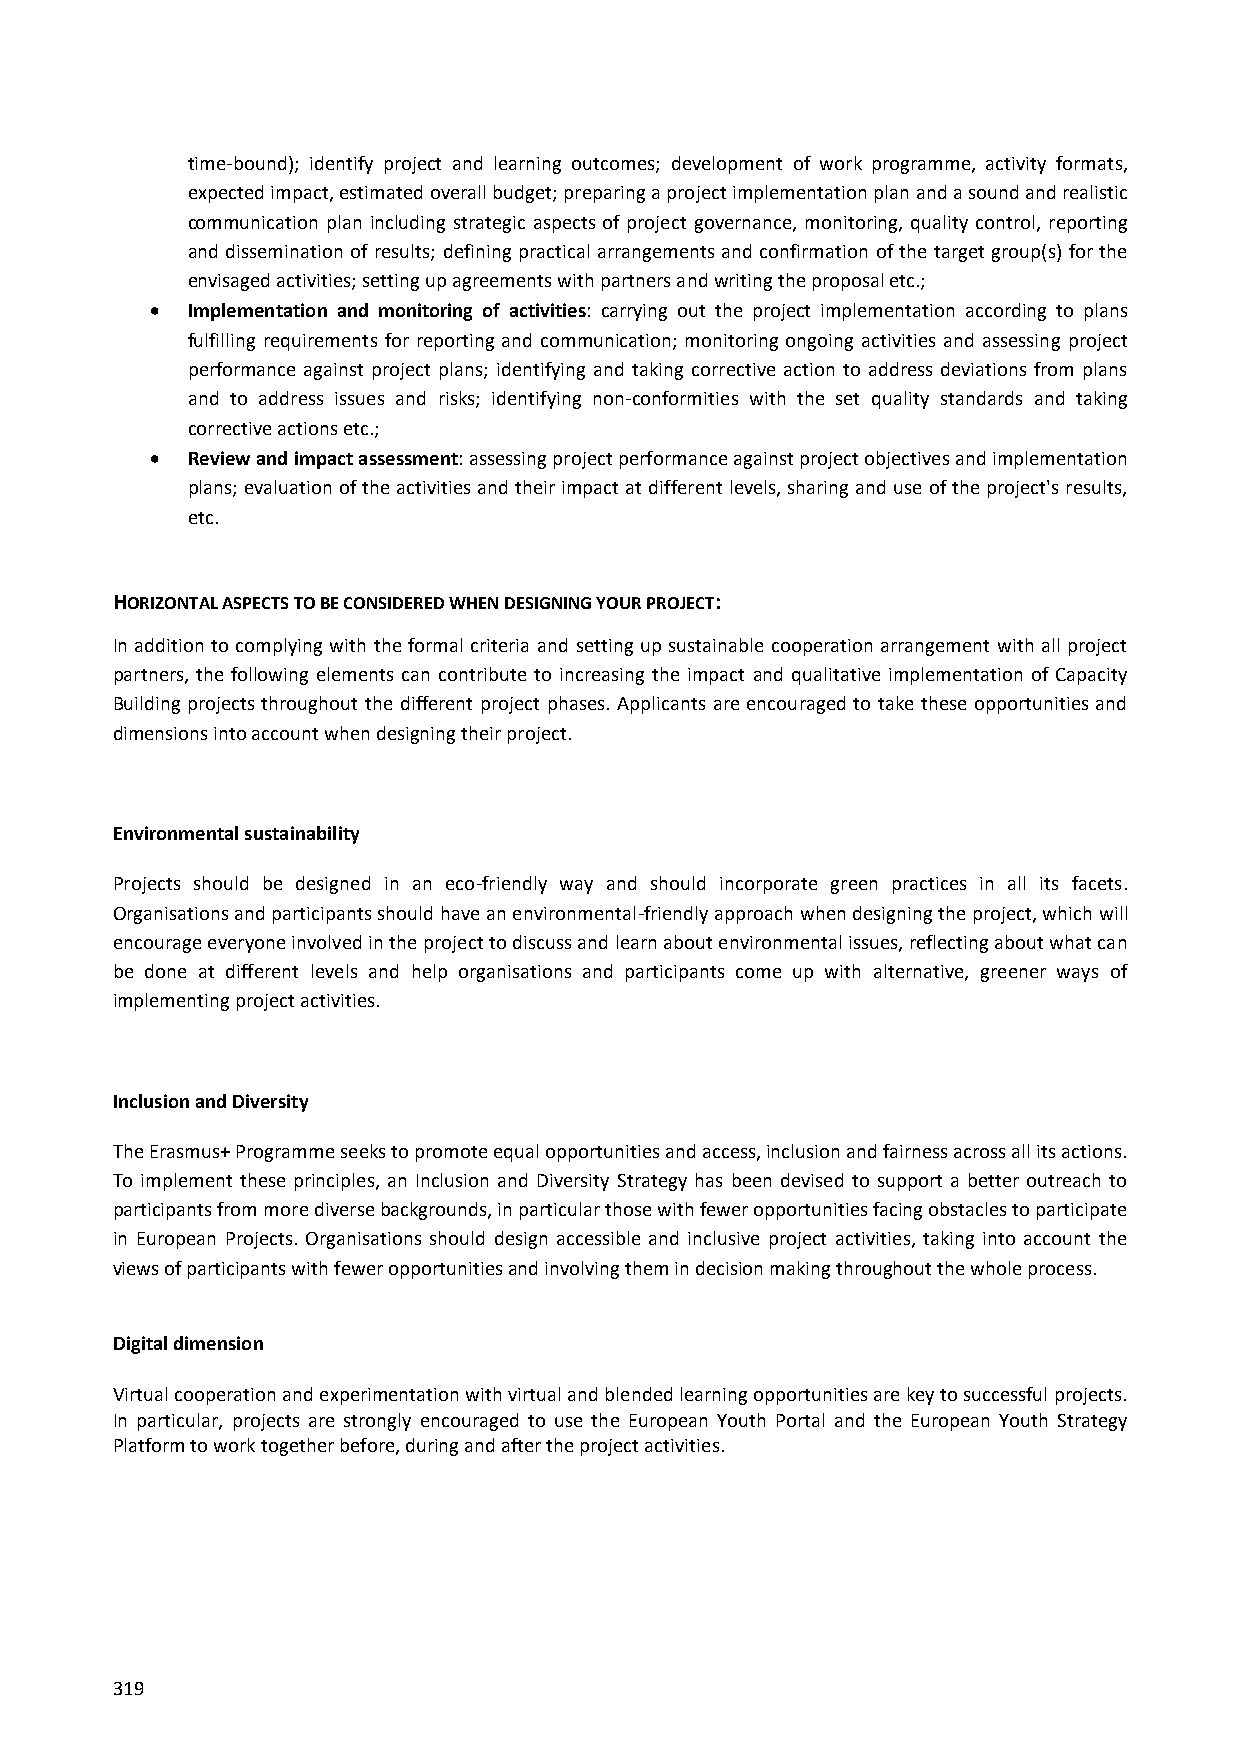
time-bound); identify project and learning outcomes; development of work programme, activity formats,
 expected impact, estimated overall budget; preparing a project implementation plan and a sound and realistic
 communication plan including strategic aspects of project governance, monitoring, quality control, reporting
 and dissemination of results; defining practical arrangements and confirmation of the target group(s) for the
 envisaged activities; setting up agreements with partners and writing the proposal etc.;
  Implementation and monitoring of activities: carrying out the project implementation according to plans
 fulfilling requirements for reporting and communication; monitoring ongoing activities and assessing project
 performance against project plans; identifying and taking corrective action to address deviations from plans
 and to address issues and risks; identifying non-conformities with the set quality standards and taking
 corrective actions etc.;
  Review and impact assessment: assessing project performance against project objectives and implementation
 plans; evaluation of the activities and their impact at different levels, sharing and use of the project's results,
 etc.
 HORIZONTAL ASPECTS TO BE CONSIDERED WHEN DESIGNING YOUR PROJECT:
 In addition to complying with the formal criteria and setting up sustainable cooperation arrangement with all project
 partners, the following elements can contribute to increasing the impact and qualitative implementation of Capacity
 Building projects throughout the different project phases. Applicants are encouraged to take these opportunities and
 dimensions into account when designing their project.
 Environmental sustainability
 Projects should be designed in an eco-friendly way and should incorporate green practices in all its facets.
 Organisations and participants should have an environmental-friendly approach when designing the project, which will
 encourage everyone involved in the project to discuss and learn about environmental issues, reflecting about what can
 be done at different levels and help organisations and participants come up with alternative, greener ways of
 implementing project activities.
 Inclusion and Diversity
 The Erasmus+ Programme seeks to promote equal opportunities and access, inclusion and fairness across all its actions.
 To implement these principles, an Inclusion and Diversity Strategy has been devised to support a better outreach to
 participants from more diverse backgrounds, in particular those with fewer opportunities facing obstacles to participate
 in European Projects. Organisations should design accessible and inclusive project activities, taking into account the
 views of participants with fewer opportunities and involving them in decision making throughout the whole process.
 Digital dimension
 Virtual cooperation and experimentation with virtual and blended learning opportunities are key to successful projects.
 In particular, projects are strongly encouraged to use the European Youth Portal and the European Youth Strategy
 Platform to work together before, during and after the project activities.
 319